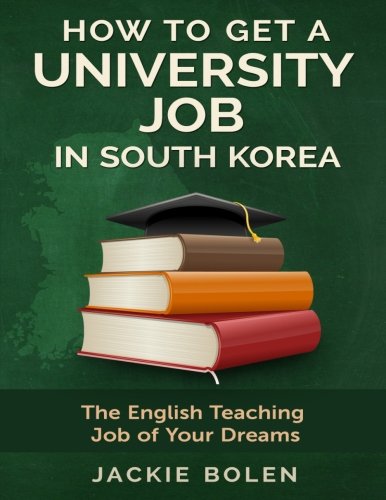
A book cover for How to Get a University Job in South Korea: The English Teaching Job of your Dreams; Jackie L Bolen; Travel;